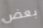
بعض